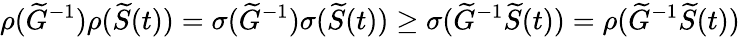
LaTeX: \rho(\widetilde G^{-1})\rho(\widetilde S(t))=\sigma(\widetilde G^{-1})\sigma(\widetilde S(t))\geq\sigma(\widetilde G^{-1}\widetilde S(t))=\rho(\widetilde G^{-1}\widetilde S(t))